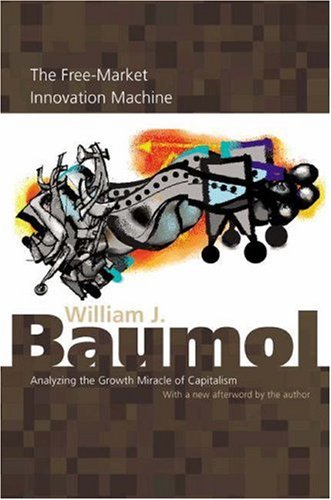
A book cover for The Free-Market Innovation Machine: Analyzing the Growth Miracle of Capitalism; William J. Baumol; Business & Money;